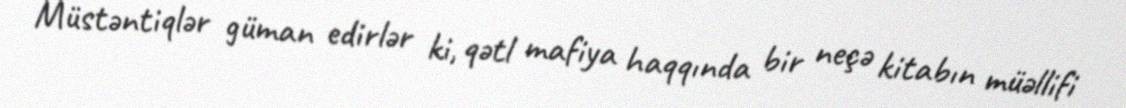
Müstəntiqlər güman edirlər ki, qətl mafiya haqqında bir neçə kitabın müəllifi